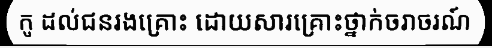
កូ ដល់ជនរងគ្រោះ ដោយសារគ្រោះថ្នាក់ចរាចរណ៍